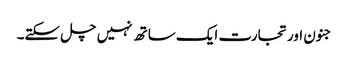
جنون اورتجارت ایک ساتھ نہیں چل سکتے۔